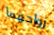
زواجهما